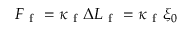
F _ { \mathrm { ~ f ~ } } = \kappa _ { \mathrm { ~ f ~ } } \Delta L _ { \mathrm { ~ f ~ } } = \kappa _ { \mathrm { ~ f ~ } } \xi _ { 0 }